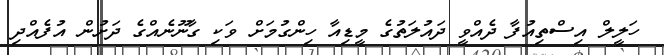
ހަލީލް އިސްތިއުފާ ދެއްވީ ދައުލަތުގެ މީޑިއާ ހިންގުމަށް ވަކި ގާނޫނެއްގެ ދަށުން އުފެއްދި